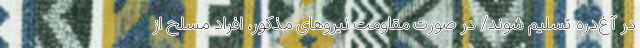
در آغ‌دره تسلیم شوند/ در صورت مقاومت نیروهای مذکور، افراد مسلح از